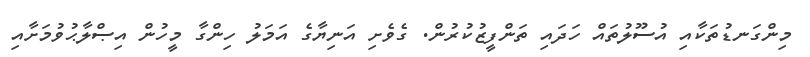
މިންގަނޑުތަކާއި އުސޫލުތައް ހަދައި ތަންފީޒުކުރުން. ގެވެށި އަނިޔާގެ އަމަލު ހިންގާ މީހުން އިޞްލާޙުވުމަށާއި